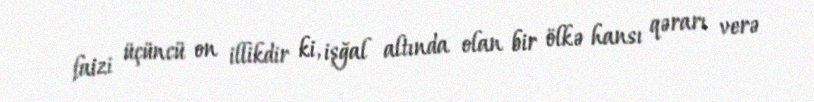
faizi üçüncü on illikdir ki, işğal altında olan bir ölkə hansı qərarı verə